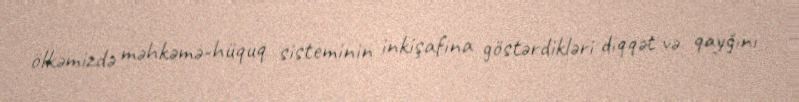
ölkəmizdə məhkəmə-hüquq sisteminin inkişafına göstərdikləri diqqət və qayğını